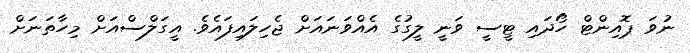
ނުވަ ޕޮއިންޓް ހޯދައި ޓީސީ ވަނީ ލީގުގެ އެއްވަނައަށް ޖެހިލައިފައެވެ. އީގަލްސްއަށް މިހާތަނަށް